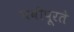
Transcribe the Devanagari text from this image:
चवीपूरते